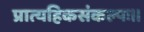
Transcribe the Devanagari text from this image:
प्रात्यहिकसंकल्पः॥